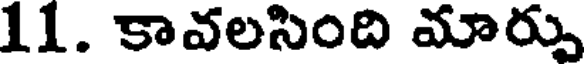
11. కావలసింది మార్పు